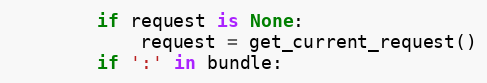
Language: Python
        if request is None:
            request = get_current_request()
        if ':' in bundle: